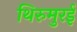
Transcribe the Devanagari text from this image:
थिरुमुरई